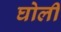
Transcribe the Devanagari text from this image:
घोली